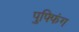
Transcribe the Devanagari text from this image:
पुफ्फिंग